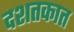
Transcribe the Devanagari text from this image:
दशतकात